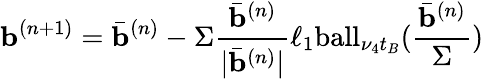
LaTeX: \mathbf{b}^{(n+1)}=\bar{\mathbf{b}}^{(n)}-\Sigma\frac{\bar{\mathbf{b}}^{(n)}}{|\bar{\mathbf{b}}^{(n)}|}\ell_{1}\mathrm{ball}_{\nu_{4}{t}_{B}}(\frac{\bar{\mathbf{b}}^{(n)}}{\Sigma})